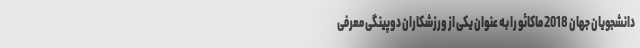
دانشجویان جهان 2018 ماکائو را به عنوان یکی از ورزشکاران دوپینگی معرفی